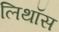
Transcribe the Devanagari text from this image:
लिथॉस